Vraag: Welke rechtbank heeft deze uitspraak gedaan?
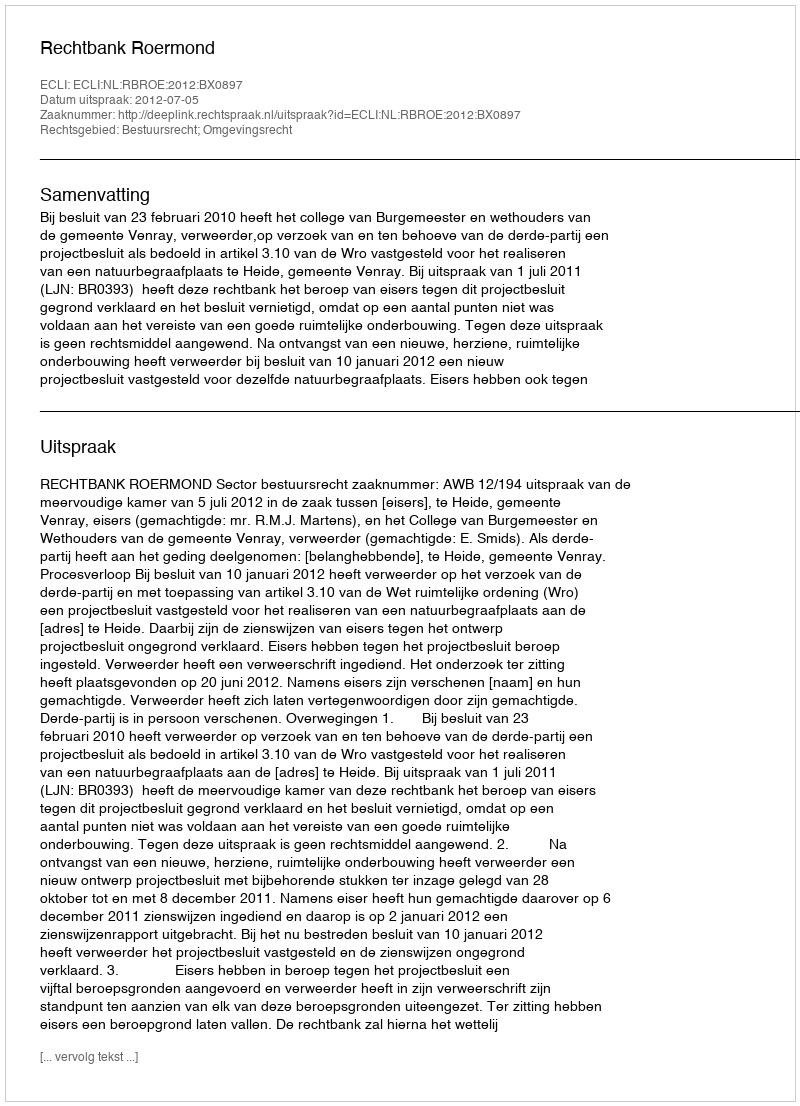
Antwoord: Rechtbank Roermond